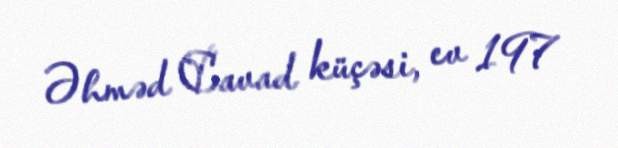
Əhməd Cavad küçəsi, ev 197